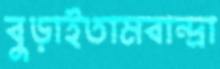
বুড়াইতামবান্দ্রা